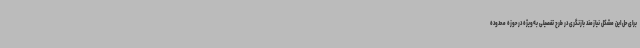
برای حل این مشکل نیازمند بازنگری در طرح تفصیلی به‌ویژه در حوزه محدوده